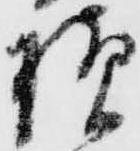
様